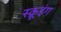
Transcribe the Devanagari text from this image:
स्क्रूइंग